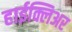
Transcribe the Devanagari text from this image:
हाईक्लिअर